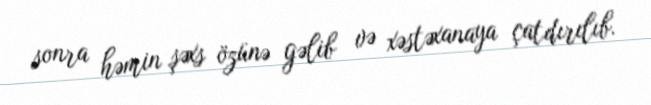
sonra həmin şəxs özünə gəlib və xəstəxanaya çatdırılıb.